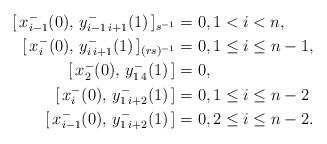
\begin{align*} [\,x_{i-1}^-(0),\,y_{i-1\, i+1}^-(1)\,]_{s^{-1}}&=0, 1<i<n, \\ [\,x_{i}^-(0),\,y_{i\, i+1}^-(1)\,]_{(rs)^{-1}}&=0,1\leq i \leq n-1,\\ [\,x_2^-(0),\,y_{1\,4}^-(1)\,]&=0,\\ [\,x_{i}^-(0),\,y_{1\, i+2}^-(1)\,]&=0, 1\leq i \leq n-2\\ [\,x_{i-1}^-(0),\,y_{1\, i+2}^-(1)\,]&=0,2\leq i \leq n-2. \end{align*}